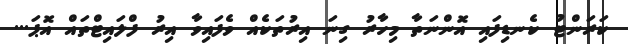
ކަރަންޓު ކެނޑިފައި އޮންނަތާ މިހާރު ގިނަ އިރުތަކެއް ވެފައިވާ އިރު ފްލައިޓްތައް އޮޕަ...